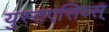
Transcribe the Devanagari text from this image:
युस्तएसिय्स्